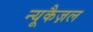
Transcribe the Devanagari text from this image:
न्यूकैज़ल